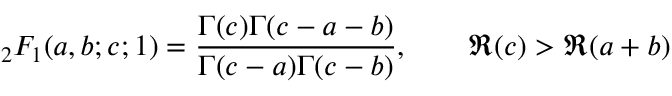
{ } _ { 2 } F _ { 1 } ( a , b ; c ; 1 ) = { \frac { \Gamma ( c ) \Gamma ( c - a - b ) } { \Gamma ( c - a ) \Gamma ( c - b ) } } , \qquad \Re ( c ) > \Re ( a + b )